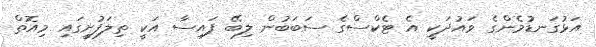
އަޅުގަނޑުމެންގެ ވައުދަކީ އެ ޓެކްސްގެ ސަބަބުން ލިބޭ ފައިސާ އަކީ ތިލަފުށީގައި މިއޮތް